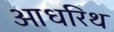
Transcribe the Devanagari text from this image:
आधरिथ